Subject: stat
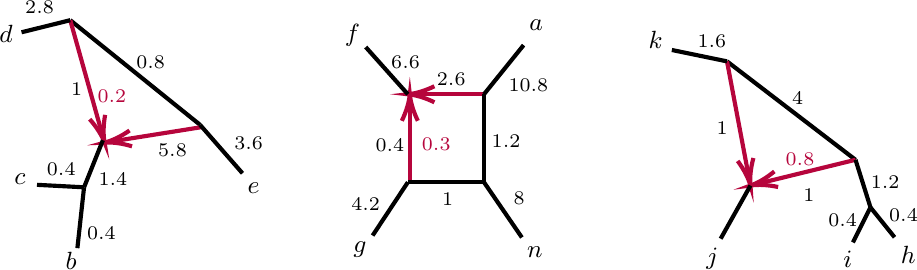
LaTeX code:
\begin{tikzpicture}[x=0.75pt,y=0.75pt,yscale=-0.9,xscale=0.9]

\draw [color={rgb, 255:red, 0; green, 0; blue, 0 }  ,draw opacity=1 ][line width=1.5]    (76.86,31.94) -- (146.31,87.92) ;
\draw [color={rgb, 255:red, 182; green, 5; blue, 60 }  ,draw opacity=1 ][line width=1.5]    (76.86,31.94) -- (94.42,94.57) ;
\draw [shift={(95.23,97.46)}, rotate = 254.33] [color={rgb, 255:red, 182; green, 5; blue, 60 }  ,draw opacity=1 ][line width=1.5]    (14.21,-4.28) .. controls (9.04,-1.82) and (4.3,-0.39) .. (0,0) .. controls (4.3,0.39) and (9.04,1.82) .. (14.21,4.28)   ;
\draw [color={rgb, 255:red, 182; green, 5; blue, 60 }  ,draw opacity=1 ][line width=1.5]    (98.2,96.99) -- (147.21,89.18) ;
\draw [shift={(95.23,97.46)}, rotate = 350.95] [color={rgb, 255:red, 182; green, 5; blue, 60 }  ,draw opacity=1 ][line width=1.5]    (14.21,-4.28) .. controls (9.04,-1.82) and (4.3,-0.39) .. (0,0) .. controls (4.3,0.39) and (9.04,1.82) .. (14.21,4.28)   ;
\draw [color={rgb, 255:red, 0; green, 0; blue, 0 }  ,draw opacity=1 ][line width=1.5]    (94.33,96.2) -- (84.24,121.4) ;
\draw [color={rgb, 255:red, 0; green, 0; blue, 0 }  ,draw opacity=1 ][line width=1.5]    (146.31,87.92) -- (169.06,113.91) ;
\draw [color={rgb, 255:red, 182; green, 5; blue, 60 }  ,draw opacity=1 ][line width=1.5]    (260.59,71.59) -- (298.34,71.59) ;
\draw [shift={(257.59,71.59)}, rotate = 0] [color={rgb, 255:red, 182; green, 5; blue, 60 }  ,draw opacity=1 ][line width=1.5]    (14.21,-4.28) .. controls (9.04,-1.82) and (4.3,-0.39) .. (0,0) .. controls (4.3,0.39) and (9.04,1.82) .. (14.21,4.28)   ;
\draw [color={rgb, 255:red, 0; green, 0; blue, 0 }  ,draw opacity=1 ][line width=1.5]    (298.34,71.59) -- (319.55,45.29) ;
\draw [color={rgb, 255:red, 182; green, 5; blue, 60 }  ,draw opacity=1 ][line width=1.5]    (258.64,74.59) -- (258.64,118.68) ;
\draw [shift={(258.64,71.59)}, rotate = 90] [color={rgb, 255:red, 182; green, 5; blue, 60 }  ,draw opacity=1 ][line width=1.5]    (14.21,-4.28) .. controls (9.04,-1.82) and (4.3,-0.39) .. (0,0) .. controls (4.3,0.39) and (9.04,1.82) .. (14.21,4.28)   ;
\draw [color={rgb, 255:red, 0; green, 0; blue, 0 }  ,draw opacity=1 ][line width=1.5]    (298.34,71.59) -- (298.34,118.68) ;
\draw [color={rgb, 255:red, 0; green, 0; blue, 0 }  ,draw opacity=1 ][line width=1.5]    (257.59,118.68) -- (298.34,118.68) ;
\draw [color={rgb, 255:red, 0; green, 0; blue, 0 }  ,draw opacity=1 ][line width=1.5]    (238.72,147.22) -- (257.59,118.68) ;
\draw [color={rgb, 255:red, 0; green, 0; blue, 0 }  ,draw opacity=1 ][line width=1.5]    (497.23,106.67) -- (428.44,53.98) ;
\draw [color={rgb, 255:red, 182; green, 5; blue, 60 }  ,draw opacity=1 ][line width=1.5]    (428.44,53.98) -- (440.43,117.51) ;
\draw [shift={(440.99,120.46)}, rotate = 259.31] [color={rgb, 255:red, 182; green, 5; blue, 60 }  ,draw opacity=1 ][line width=1.5]    (14.21,-4.28) .. controls (9.04,-1.82) and (4.3,-0.39) .. (0,0) .. controls (4.3,0.39) and (9.04,1.82) .. (14.21,4.28)   ;
\draw [color={rgb, 255:red, 182; green, 5; blue, 60 }  ,draw opacity=1 ][line width=1.5]    (443.9,119.74) -- (497.23,106.67) ;
\draw [shift={(440.99,120.46)}, rotate = 346.22] [color={rgb, 255:red, 182; green, 5; blue, 60 }  ,draw opacity=1 ][line width=1.5]    (14.21,-4.28) .. controls (9.04,-1.82) and (4.3,-0.39) .. (0,0) .. controls (4.3,0.39) and (9.04,1.82) .. (14.21,4.28)   ;
\draw [color={rgb, 255:red, 0; green, 0; blue, 0 }  ,draw opacity=1 ][line width=1.5]    (497.23,106.67) -- (505.24,132.15) ;
\draw [color={rgb, 255:red, 0; green, 0; blue, 0 }  ,draw opacity=1 ][line width=1.5]    (425.04,148.91) -- (440.99,120.46) ;
\draw [color={rgb, 255:red, 0; green, 0; blue, 0 }  ,draw opacity=1 ][line width=1.5]    (428.44,53.98) -- (398.93,47.89) ;
\draw [color={rgb, 255:red, 0; green, 0; blue, 0 }  ,draw opacity=1 ][line width=1.5]    (298.34,118.68) -- (318.63,148.26) ;
\draw [color={rgb, 255:red, 0; green, 0; blue, 0 }  ,draw opacity=1 ][line width=1.5]    (84.24,121.4) -- (80.67,153.98) ;
\draw [color={rgb, 255:red, 0; green, 0; blue, 0 }  ,draw opacity=1 ][line width=1.5]    (84.24,121.4) -- (59.05,120.07) ;
\draw [color={rgb, 255:red, 0; green, 0; blue, 0 }  ,draw opacity=1 ][line width=1.5]    (76.86,31.94) -- (68.21,34.09) -- (50.78,38.41) ;
\draw [color={rgb, 255:red, 0; green, 0; blue, 0 }  ,draw opacity=1 ][line width=1.5]    (235.04,46.33) -- (257.59,71.59) ;
\draw [color={rgb, 255:red, 0; green, 0; blue, 0 }  ,draw opacity=1 ][line width=1.5]    (505.24,132.15) -- (495.84,150.86) ;
\draw [color={rgb, 255:red, 0; green, 0; blue, 0 }  ,draw opacity=1 ][line width=1.5]    (518.13,148.15) -- (505.24,132.15) ;

\draw (321.27,30.4) node [anchor=north west][inner sep=0.75pt]  [font=\small]  {$a$};
\draw (72.99,154.69) node [anchor=north west][inner sep=0.75pt]  [font=\small]  {$b$};
\draw (45.56,112.73) node [anchor=north west][inner sep=0.75pt]  [font=\small]  {$c$};
\draw (170.41,117.53) node [anchor=north west][inner sep=0.75pt]  [font=\small]  {$e$};
\draw (37.45,33.12) node [anchor=north west][inner sep=0.75pt]  [font=\small]  {$d$};
\draw (222.53,32.87) node [anchor=north west][inner sep=0.75pt]  [font=\small]  {$f$};
\draw (319.98,151.88) node [anchor=north west][inner sep=0.75pt]  [font=\small]  {$n$};
\draw (385.04,36.22) node [anchor=north west][inner sep=0.75pt]  [font=\small]  {$k$};
\draw (415.96,152.4) node [anchor=north west][inner sep=0.75pt]  [font=\small]  {$j$};
\draw (489.3,154.19) node [anchor=north west][inner sep=0.75pt]  [font=\small]  {$i$};
\draw (227.05,149.28) node [anchor=north west][inner sep=0.75pt]  [font=\small]  {$g$};
\draw (110.85,49.49) node [anchor=north west][inner sep=0.75pt]  [font=\scriptsize]  {$0.8$};
\draw (122.53,96.96) node [anchor=north west][inner sep=0.75pt]  [font=\scriptsize]  {$5.8$};
\draw (75.9,64.32) node [anchor=north west][inner sep=0.75pt]  [font=\scriptsize]  {$1$};
\draw (90.59,112.44) node [anchor=north west][inner sep=0.75pt]  [font=\scriptsize]  {$1.4$};
\draw (90.04,68.1) node [anchor=north west][inner sep=0.75pt]  [font=\scriptsize,color={rgb, 255:red, 182; green, 5; blue, 60 }  ,opacity=1 ]  {$0.2$};
\draw (62.97,107.09) node [anchor=north west][inner sep=0.75pt]  [font=\scriptsize]  {$0.4$};
\draw (84.46,141.09) node [anchor=north west][inner sep=0.75pt]  [font=\scriptsize]  {$0.4$};
\draw (271.73,58.79) node [anchor=north west][inner sep=0.75pt]  [font=\scriptsize]  {$2.6$};
\draw (247.28,49.66) node [anchor=north west][inner sep=0.75pt]  [font=\scriptsize]  {$6.6$};
\draw (310.09,62.08) node [anchor=north west][inner sep=0.75pt]  [font=\scriptsize]  {$10.8$};
\draw (301.08,92.06) node [anchor=north west][inner sep=0.75pt]  [font=\scriptsize]  {$1.2$};
\draw (312.77,122.46) node [anchor=north west][inner sep=0.75pt]  [font=\scriptsize]  {$8$};
\draw (238.93,94.28) node [anchor=north west][inner sep=0.75pt]  [font=\scriptsize]  {$0.4$};
\draw (274.57,123.3) node [anchor=north west][inner sep=0.75pt]  [font=\scriptsize]  {$1$};
\draw (467.98,120.87) node [anchor=north west][inner sep=0.75pt]  [font=\scriptsize]  {$1$};
\draw (504.04,113.73) node [anchor=north west][inner sep=0.75pt]  [font=\scriptsize]  {$1.2$};
\draw (411.24,38.4) node [anchor=north west][inner sep=0.75pt]  [font=\scriptsize]  {$1.6$};
\draw (461.86,68.76) node [anchor=north west][inner sep=0.75pt]  [font=\scriptsize]  {$4$};
\draw (263.72,93.52) node [anchor=north west][inner sep=0.75pt]  [font=\scriptsize,color={rgb, 255:red, 182; green, 5; blue, 60 }  ,opacity=1 ]  {$0.3$};
\draw (458.45,101.84) node [anchor=north west][inner sep=0.75pt]  [font=\scriptsize,color={rgb, 255:red, 182; green, 5; blue, 60 }  ,opacity=1 ]  {$0.8$};
\draw (421.5,85) node [anchor=north west][inner sep=0.75pt]  [font=\scriptsize]  {$1$};
\draw (51.35,20.18) node [anchor=north west][inner sep=0.75pt]  [font=\scriptsize]  {$2.8$};
\draw (163.29,93.17) node [anchor=north west][inner sep=0.75pt]  [font=\scriptsize]  {$3.6$};
\draw (225.91,125.52) node [anchor=north west][inner sep=0.75pt]  [font=\scriptsize]  {$4.2$};
\draw (520.13,151.55) node [anchor=north west][inner sep=0.75pt]  [font=\small]  {$h$};
\draw (481.31,134.45) node [anchor=north west][inner sep=0.75pt]  [font=\scriptsize]  {$0.4$};
\draw (513.84,131.75) node [anchor=north west][inner sep=0.75pt]  [font=\scriptsize]  {$0.4$};

\end{tikzpicture}